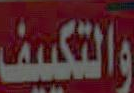
والتكييف